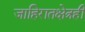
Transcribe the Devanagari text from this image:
जाहिरातक्षेत्रही